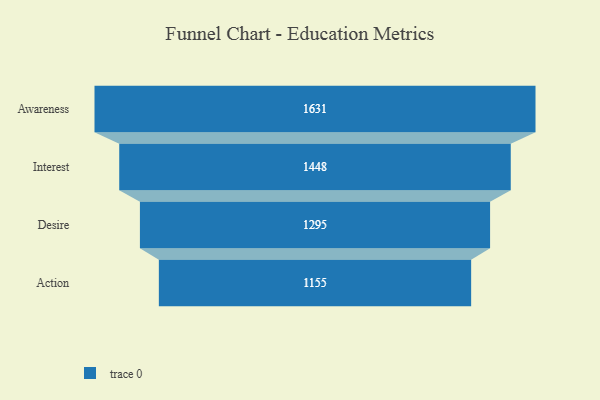
{"axis": {"x": "Stage", "y": "Value"}, "legend": [""], "data": [{"x": "Awareness", "y": 1631.0, "type": ""}, {"x": "Interest", "y": 1448.0, "type": ""}, {"x": "Desire", "y": 1295.0, "type": ""}, {"x": "Action", "y": 1155.0, "type": ""}]}